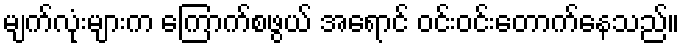
မျက်လုံးများက ကြောက်စဖွယ် အရောင် ဝင်းဝင်းတောက်နေသည်။